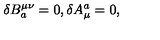
\delta B _ { a } ^ { \mu \nu } = 0 , \delta A _ { \mu } ^ { a } = 0 ,